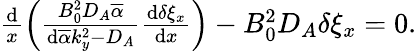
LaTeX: \begin{array}{r}{\frac{\textrm{d}}{x}\left(\frac{B_{0}^{2}D_{A}\overline{{\alpha}}}{\textrm{d}\overline{{\alpha}}k_{y}^{2}-D_{A}}\frac{\textrm{d}\delta\xi_{x}}{\textrm{d}x}\right)-B_{0}^{2}D_{A}\delta\xi_{x}=0.}\end{array}